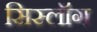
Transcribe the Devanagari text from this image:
सिस्लॉग